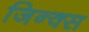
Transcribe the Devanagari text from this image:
जिन्क्स